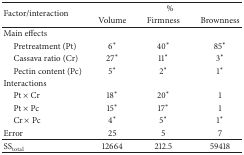
<table><thead><tr><td rowspan="2"><b>Factor/interaction</b></td><td colspan="3"><b>%</b></td></tr><tr><td><b>Volume</b></td><td><b>Firmness</b></td><td><b>Brownness</b></td></tr></thead><tbody><tr><td>Main effects</td><td> </td><td> </td><td> </td></tr><tr><td> Pretreatment (Pt)</td><td>6∗</td><td>40∗</td><td>85∗</td></tr><tr><td> Cassava ratio (Cr)</td><td>27∗</td><td>11∗</td><td>3∗</td></tr><tr><td> Pectin content (Pc)</td><td>5∗</td><td>2∗</td><td>1∗</td></tr><tr><td>Interactions</td><td> </td><td> </td><td> </td></tr><tr><td> Pt × Cr</td><td>18∗</td><td>20∗</td><td>1</td></tr><tr><td> Pt × Pc</td><td>15∗</td><td>17∗</td><td> 1 </td></tr><tr><td> Cr × Pc</td><td>4∗</td><td>5∗</td><td>1∗</td></tr><tr><td>Error</td><td>25</td><td>5</td><td>7</td></tr><tr><td>SS<sub>total</sub></td><td>12664</td><td>212.5</td><td>59418</td></tr></tbody></table>